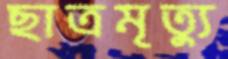
ছাত্রমৃত্যু